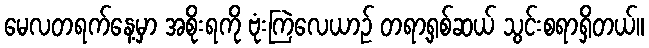
မေလတရက်နေ့မှာ အစိုးရကို ဗုံးကြဲလေယာဉ် တရာ့ရှစ်ဆယ် သွင်းစရာရှိတယ်။